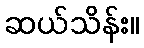
ဆယ်သိန်း။